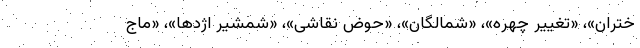
ختران»، «تغییر چهره»، «شمالگان»، «حوض نقاشی»، «شمشیر اژدها»، «ماج